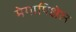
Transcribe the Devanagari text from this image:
मेगापिक्षेल